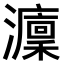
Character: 𤃢